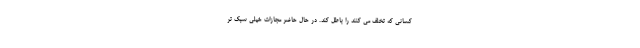
کسانی که تخلف می کنند را باطل کند. در حال حاضر مجازات خیلی سبک تر